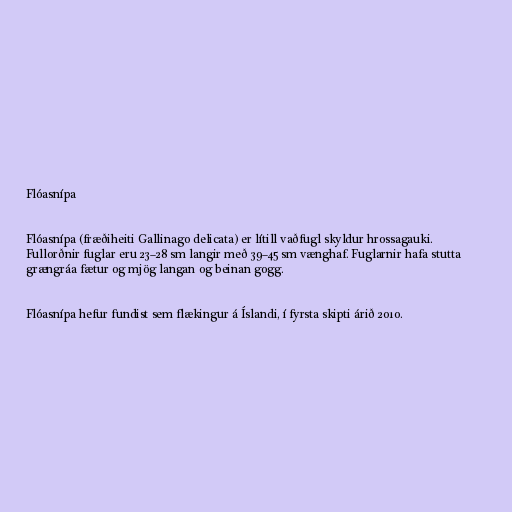
Flóasnípa

Flóasnípa (fræðiheiti Gallinago delicata) er lítill vaðfugl skyldur hrossagauki.
Fullorðnir fuglar eru 23–28 sm langir með 39–45 sm vænghaf. Fuglarnir hafa stutta
grængráa fætur og mjög langan og beinan gogg.

Flóasnípa hefur fundist sem flækingur á Íslandi, í fyrsta skipti árið 2010.